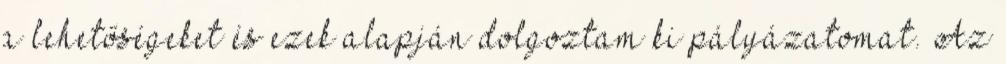
a lehetőségeket és ezek alapján dolgoztam ki pályázatomat. Az